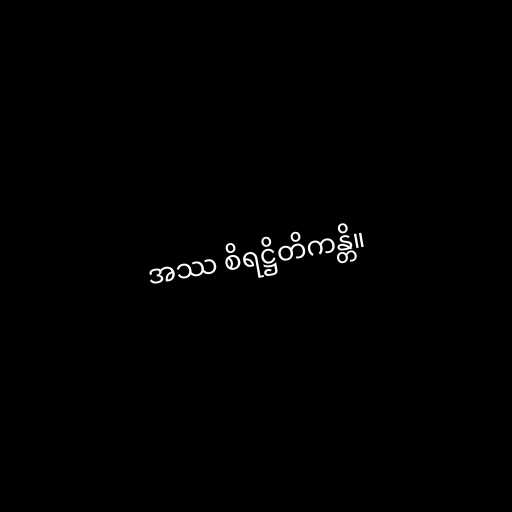
အဿ စိရဋ္ဌိတိကန္တိ။